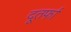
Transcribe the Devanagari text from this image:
दूतर्फा